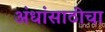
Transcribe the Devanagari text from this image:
अंधांसाठीचा